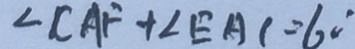
\angle C A F + \angle E A C = 6 0 ^ { \circ }